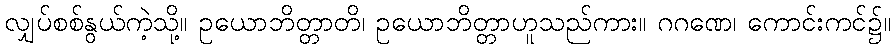
လျှပ်စစ်နွယ်ကဲ့သို့။ ဥယောဘိတ္တာတိ၊ ဥယောဘိတ္တာဟူသည်ကား။ ဂဂဏေ၊ ကောင်းကင်၌။